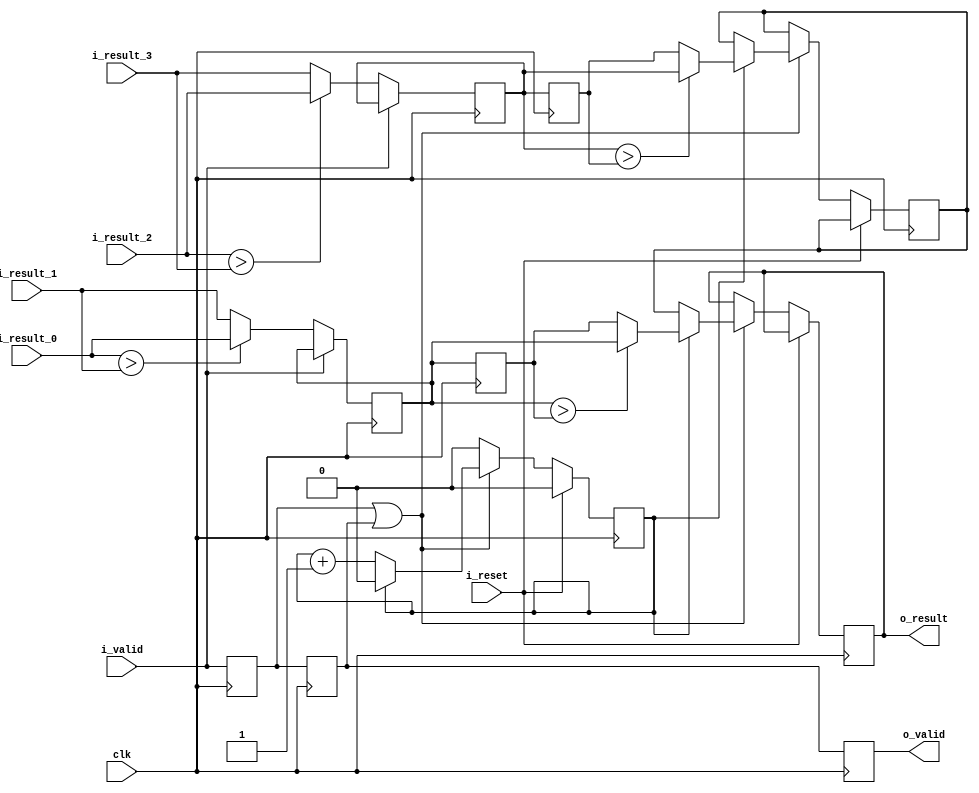
`define SIMULATION_MEMORY

module pooling (
	input clk,
	input i_valid,
	input i_reset,
	input [15:0] i_result_0,
	input [15:0] i_result_1,
	input [15:0] i_result_2,
	input [15:0] i_result_3,
	output [15:0] o_result,
	output o_valid
);

reg [15:0] buffer_0_0;
reg [15:0] buffer_0_1;
reg [15:0] buffer_1_0;
reg [15:0] buffer_1_1;
reg [1:0] count;
reg [0:0] s_count;
reg [15:0] result_0;
reg [15:0] result_1;
reg valid_1, valid_2, valid_3;

always @(posedge clk) begin
	buffer_0_1 <= buffer_0_0;
	buffer_1_1 <= buffer_1_0;
	valid_1 <= i_valid;
	valid_2 <= valid_1;
	valid_3 <= valid_2;
	if (i_valid) begin
		count <= 0;
	end else begin
		if(count == 3) begin
			count <= 0;
		end else begin
			count <= count + 1'b1;
		end
		if(i_result_0 > i_result_1) begin
			buffer_0_0 <= i_result_0;
		end else begin
			buffer_0_0 <= i_result_1;
		end
		if(i_result_2 > i_result_3) begin
			buffer_1_0 <= i_result_2;
		end else begin
			buffer_1_0 <= i_result_3;
		end
	end
end

always @(posedge clk) begin
	if (i_reset) begin
		s_count <= 0;
	end else if (valid_1 || valid_2) begin
		if (s_count == 1) begin
			if (buffer_0_0 > buffer_0_1) begin
				result_0 <= buffer_0_0;
			end else begin
				result_0 <= buffer_0_1;
			end
			if (buffer_1_0 > buffer_1_1) begin
				result_1 <= buffer_1_0;
			end else begin
				result_1 <= buffer_1_1;
			end
			s_count <= 0;
		end else begin
			result_0 <= result_1;
			s_count <= s_count + 1'b1;
		end
	end else begin
		s_count <= 0;
	end
end

assign o_result = result_0;
assign o_valid  = valid_3;

endmodule